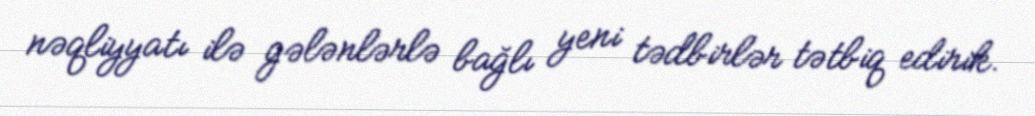
nəqliyyatı ilə gələnlərlə bağlı yeni tədbirlər tətbiq edirik.